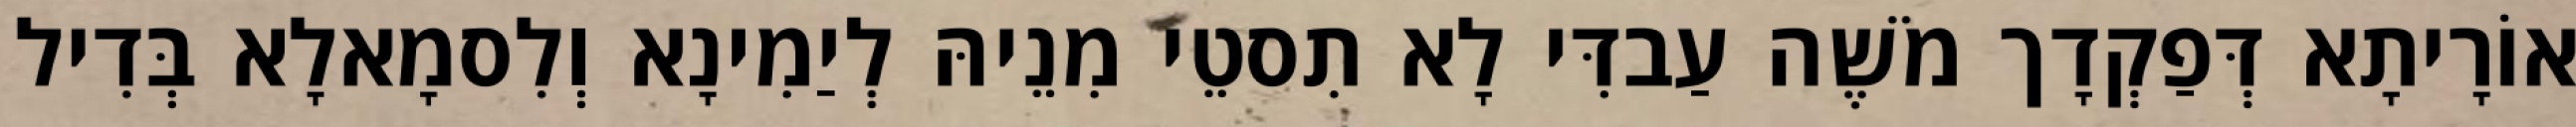
אוֹרָיתָא דְּפַקְדָך מֹשֶׁה עַבדִּי לָא תִסטֵי מִנֵיהּ לְיַמִינָא וְלִסמָאלָא בְּדִיל